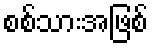
စစ်သားအဖြစ်